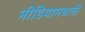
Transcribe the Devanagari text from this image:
मीडियामधली